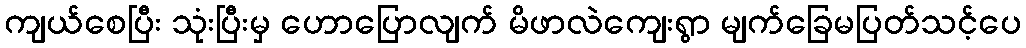
ကျယ်စေပြီး သုံးပြီးမှ ဟောပြောလျက် မိဖာလဲကျေးရွာ မျက်ခြေမပြတ်သင့်ပေ